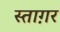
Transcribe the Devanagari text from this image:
स्ताग़र